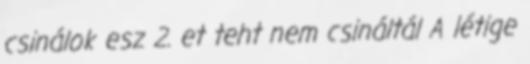
csinálok esz 2. et teht nem csináltál A létige